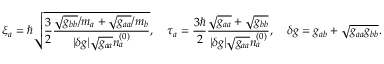
\xi _ { a } = \hbar \sqrt { \frac { 3 } { 2 } \frac { \sqrt { g _ { b b } } / m _ { a } + \sqrt { g _ { a a } } / m _ { b } } { \vert \delta g \vert \sqrt { g _ { a a } } n _ { a } ^ { ( 0 ) } } } , \quad \tau _ { a } = \frac { 3 \hbar } { 2 } \frac { \sqrt { g _ { a a } } + \sqrt { g _ { b b } } } { \vert \delta g \vert \sqrt { g _ { a a } } n _ { a } ^ { ( 0 ) } } , \quad \delta g = g _ { a b } + \sqrt { g _ { a a } g _ { b b } } .